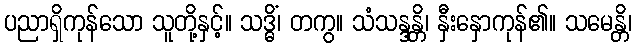
ပညာရှိကုန်သော သူတို့နှင့်။ သဒ္ဓိံ၊ တကွ။ သံသန္ဒန္တိ၊ နှီးနှောကုန်၏။ သမေန္တိ၊